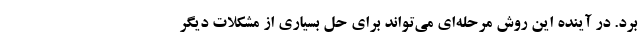
برد. در آینده این روش مرحله‌ای می‌تواند برای حل بسیاری از مشکلات دیگر